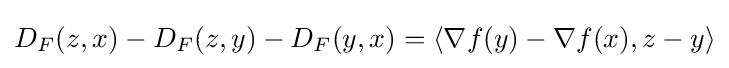
D_{F}(z,x)-D_{F}(z,y)-D_{F}(y,x)=\langle \nabla f(y)-\nabla f(x),z-y\rangle